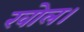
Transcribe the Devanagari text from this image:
खोल।